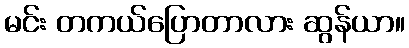
မင်း တကယ်ပြောတာလား ဆွန်ယာ။